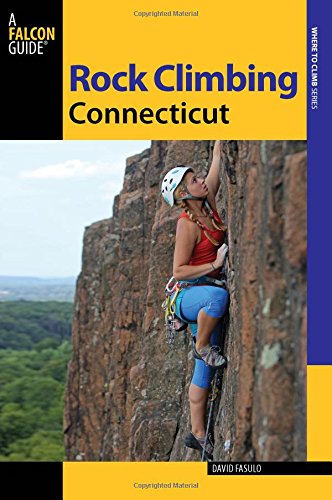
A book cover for Rock Climbing Connecticut (State Rock Climbing Series); David Fasulo; Sports & Outdoors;